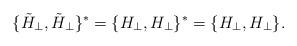
LaTeX: \begin{align*}\{ \tilde{H}_{\perp}, \tilde{H}_{\perp}\}^* = \{H_{\perp}, H_{\perp}\}^* =\{H_{\perp}, H_{\perp}\}.\end{align*}